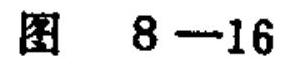
图 \(8 - 16\)